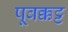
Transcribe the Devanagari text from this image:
पूवक्कट्ट